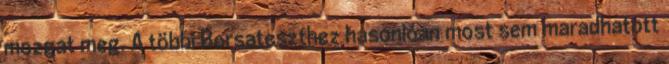
mozgat meg. A többi Borsateszthez hasonlóan most sem maradhatott